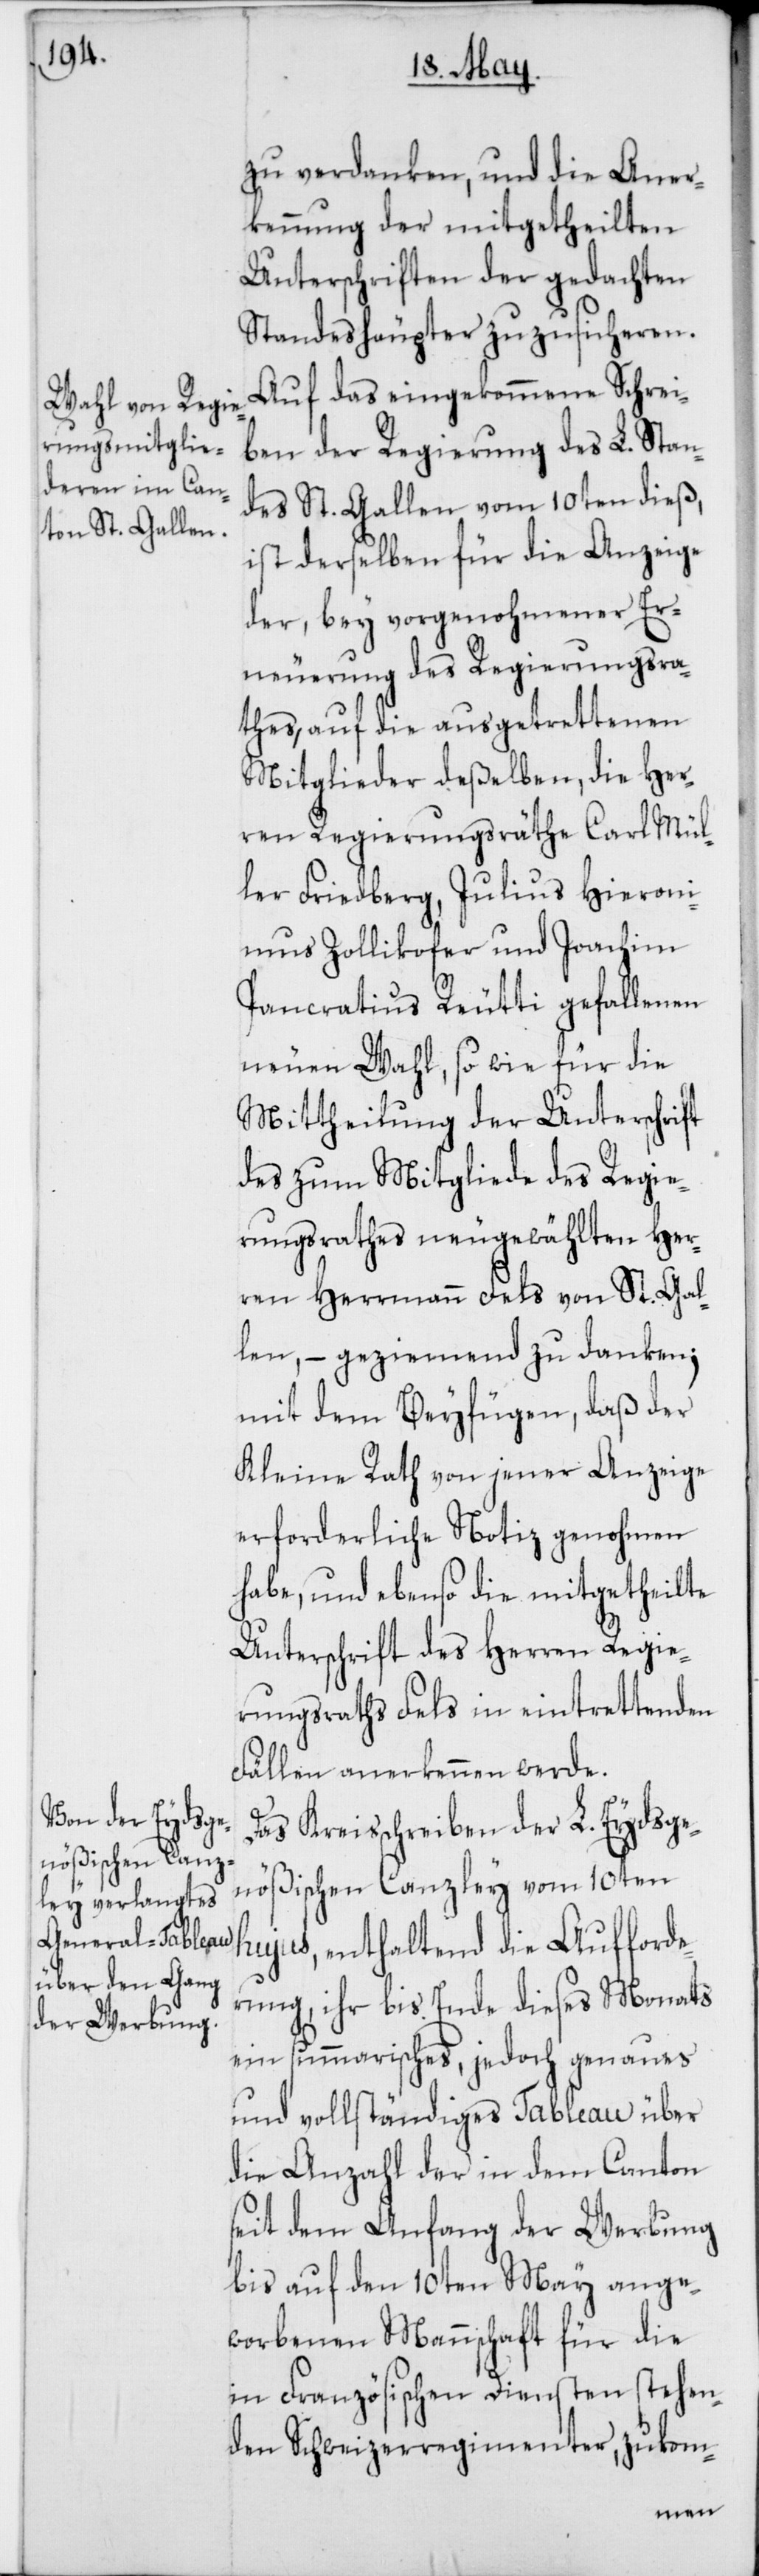
zu verdanken, und die Aner¬
kennung der mitgetheilten
Unterschriften der gedachten
Standeshäupter zuzusicheren.
Auf das eingekommene Schrei¬
ben der Regierung des L. Stan¬
des St. Gallen vom 10ten dieß,
ist derselben für die Anzeige
der, bey vorgenohmener Er¬
neuerung des Regierungsra¬
thes, auf die ausgetrettenen
Mitglieder deßelben, die Her¬
ren Regierungsräthe Carl Mül¬
ler Friedberg, Julius Hieron¬
imus Zollikofer und Joachim
Pancratius Reutti gefallenen
neuen Wahl, sowie für die
Mittheilung der Unterschrift
des zum Mitgliede des Regie¬
rungsrathes neu gewählten Her¬
ren Herrmann Fels von St. Gal¬
len, – geziemend zu danken;
mit dem Beyfügen, daß der
Kleine Rath von jener Anzeige
erforderliche Notiz genohmen
habe, und ebenso die mitgetheilte
Unterschrift des Herren Regie¬
rungsraths Fels in eintrettenden
Fällen anerkennen werde.
Das Kreisschreiben der L. Eydsge¬
nößischen Canzley vom 10ten
hujus, enthaltend die Aufforde¬
rung, ihr bis Ende dieses Monats
ein summarisches, jedoch genaues
und vollständiges Tableau über
die Anzahl der in dem Canton
seit dem Anfang der Werbung
bis auf den 10ten May ange¬
worbenen Mannschaft für die
in Französischen Diensten stehen¬
den Schweizerregimenter, zukom-